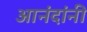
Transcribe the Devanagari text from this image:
आनंदांनी